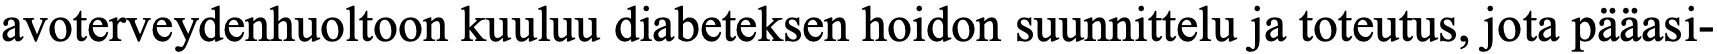
avoterveydenhuoltoon kuuluu diabeteksen hoidon suunnittelu ja toteutus, jota pääasi-